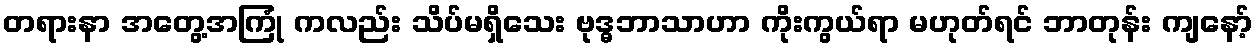
တရားနာ အတွေ့အကြုံ ကလည်း သိပ်မရှိသေး ဗုဒ္ဓဘာသာဟာ ကိုးကွယ်ရာ မဟုတ်ရင် ဘာတုန်း ကျနော့်